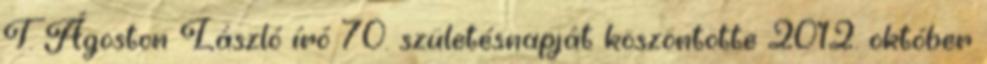
T. Ágoston László író 70. születésnapját köszöntötte 2012. október